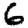
Digit: 6